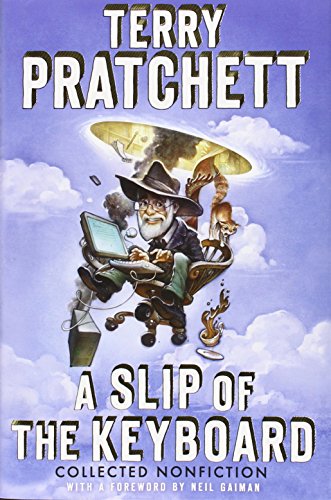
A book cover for A Slip of the Keyboard: Collected Nonfiction; Terry Pratchett; Literature & Fiction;